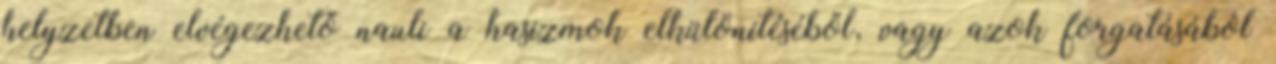
helyzetben elvégezhető nauli a hasizmok elkülönítéséből, vagy azok forgatásából